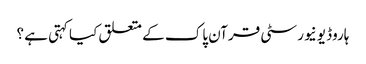
ہاروڈ یونیورسٹی قرآن پاک کے متعلق کیا کہتی ہے ؟